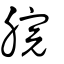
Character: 脘